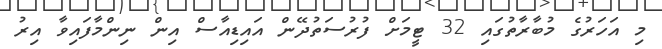
މި އަހަރުގެ މުބާރާތުގައި 32 ޓީމަށް ފުރުސަތުދޭން އައިޑިއާސް އިން ނިންމާފައިވާ އިރު